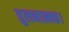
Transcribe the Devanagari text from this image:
तुलनात्मक।